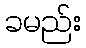
ခမည်း